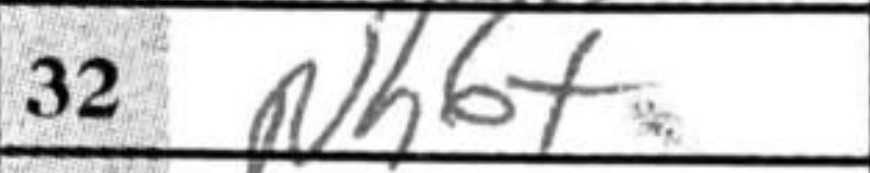
Transcription: Nh6+